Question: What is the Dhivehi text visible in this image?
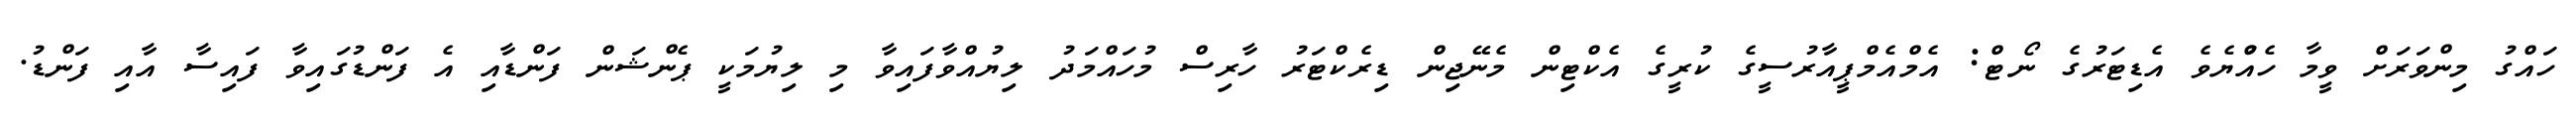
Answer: ހައްގު މިންވަރަށް ވީމާ ހެއްުޔެވެ އެޑިޓަރުގެ ނޯޓް: އެމްއެމްޕީއާރުސީގެ ކުރީގެ އެކްޓިން މެނޭޖިން ޑިރެކްޓަރު ހާރިސް މުހައްމަދު ލިޔުއްވާފައިވާ މި ލިޔުމަކީ ޕެންޝަން ފަންޑާއި އެ ފަންޑުގައިވާ ފައިސާ އާއި ފަންޑު.